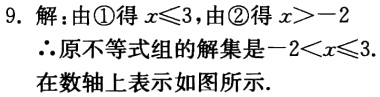
9. 解：由\textcircled{1}得\(x\leqslant3\)，由\textcircled{2}得\(x > - 2\)

\(\therefore\)原不等式组的解集是\(-2 < x\leqslant3\).

在数轴上表示如图所示.